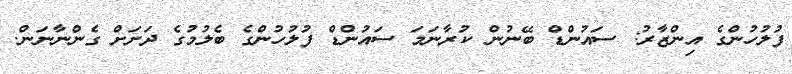
ފުލުހުންގެ އިންޒާރު: ސައުންޑް ބޭނުން ކުރާނަމަ ސައުންޑް ފުލުހުންގެ ބެލުމުގެ ދަށަށް ގެންނާނަން.